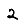
Digit: 2